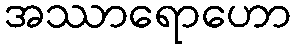
အဿာရောဟော